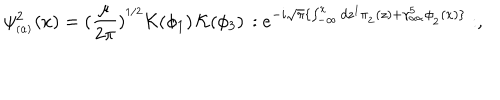
\psi _ { _ { ( \alpha ) } } ^ { 2 } ( x ) = ( \frac { \mu } { 2 \pi } ) ^ { ^ { 1 / 2 } } { \cal K } ( \phi _ { 1 } ) \, { \cal K } ( \phi _ { 3 } ) \, : e ^ { - i \sqrt { \pi } \{ \int _ { - \infty } ^ { x } d z ^ { 1 } \pi _ { _ 2 } ( z ) + \gamma _ { _ { \alpha \alpha } } ^ { 5 } \phi _ { _ 2 } ( x ) \} } : ,